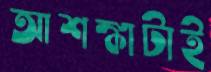
আশঙ্কাটাই